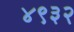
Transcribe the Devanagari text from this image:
४९३२